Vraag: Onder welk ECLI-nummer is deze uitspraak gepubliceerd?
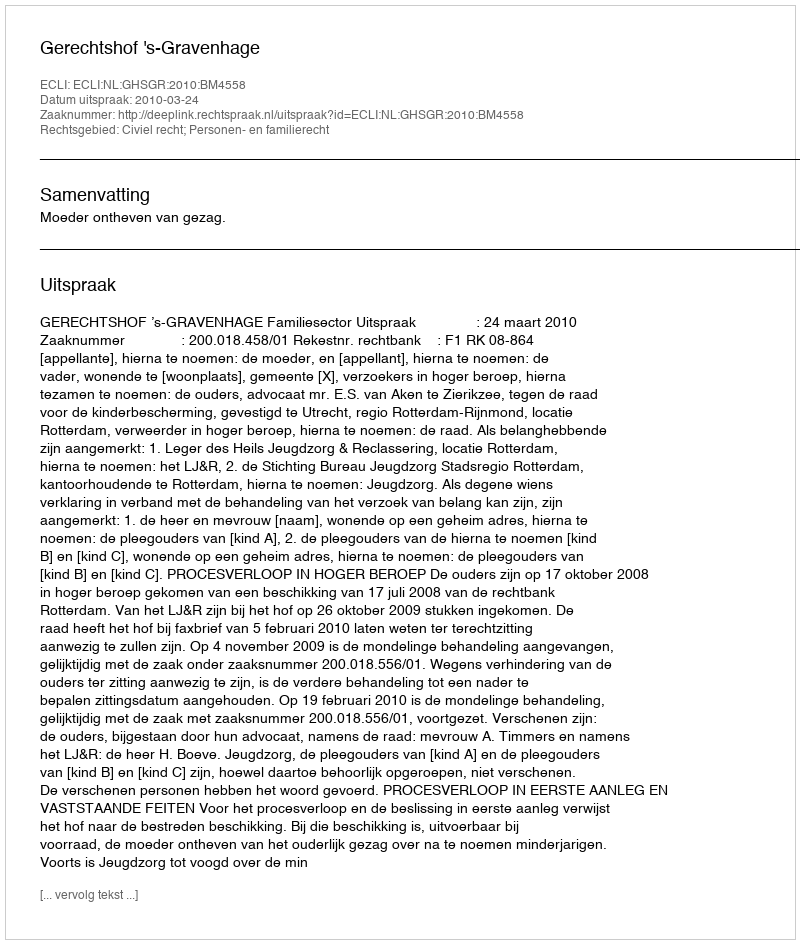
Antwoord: ECLI:NL:GHSGR:2010:BM4558